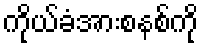
ကိုယ်ခံအားစနစ်ကို